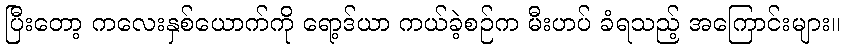
ပြီးတော့ ကလေးနှစ်ယောက်ကို ရော့ဒ်ယာ ကယ်ခဲ့စဉ်က မီးဟပ် ခံရသည့် အကြောင်းများ။